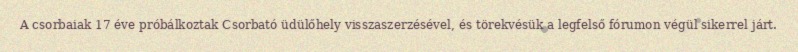
A csorbaiak 17 éve próbálkoztak Csorbató üdülőhely visszaszerzésével, és törekvésük a legfelső fórumon végül sikerrel járt.